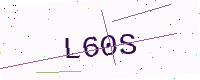
Text: L60S